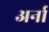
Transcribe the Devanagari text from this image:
अर्ना